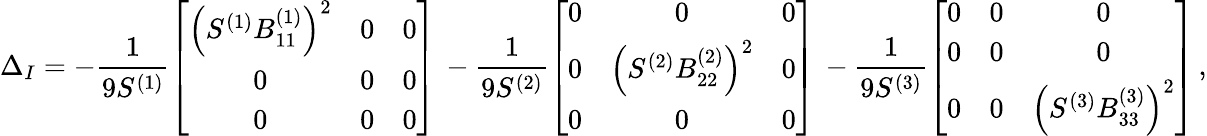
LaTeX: \Delta_{I}=-\frac{1}{9S^{(1)}}\left[\begin{array}{ccc}{\left(S^{(1)}B_{11}^{(1)}\right)^{2}}&{0}&{0}\\ {0}&{0}&{0}\\ {0}&{0}&{0}\end{array}\right]\, -\frac{1}{9S^{(2)}}\left[\begin{array}{ccc}{0}&{0}&{0}\\ {0}&{\left(S^{(2)}B_{22}^{(2)}\right)^{2}}&{0}\\ {0}&{0}&{0}\end{array}\right]\, -\frac{1}{9S^{(3)}}\left[\begin{array}{ccc}{0}&{0}&{0}\\ {0}&{0}&{0}\\ {0}&{0}&{\left(S^{(3)}B_{33}^{(3)}\right)^{2}}\end{array}\right]\, ,